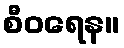
စီဝရေန။